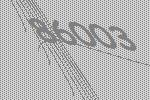
86003